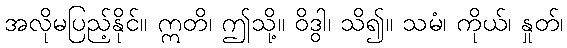
အလိုမပြည့်နိုင်။ ဣတိ၊ ဤသို့။ ဝိဒွါ၊ သိ၍။ သမံ၊ ကိုယ်၊ နှုတ်၊